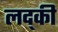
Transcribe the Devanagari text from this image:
लद्की